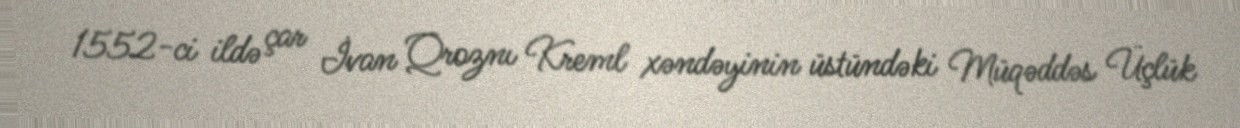
1552-ci ildə çar İvan Qroznı Kreml xəndəyinin üstündəki Müqəddəs Üçlük